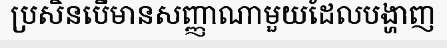
ប្រសិនបើមានសញ្ញាណាមួយដែលបង្ហាញ